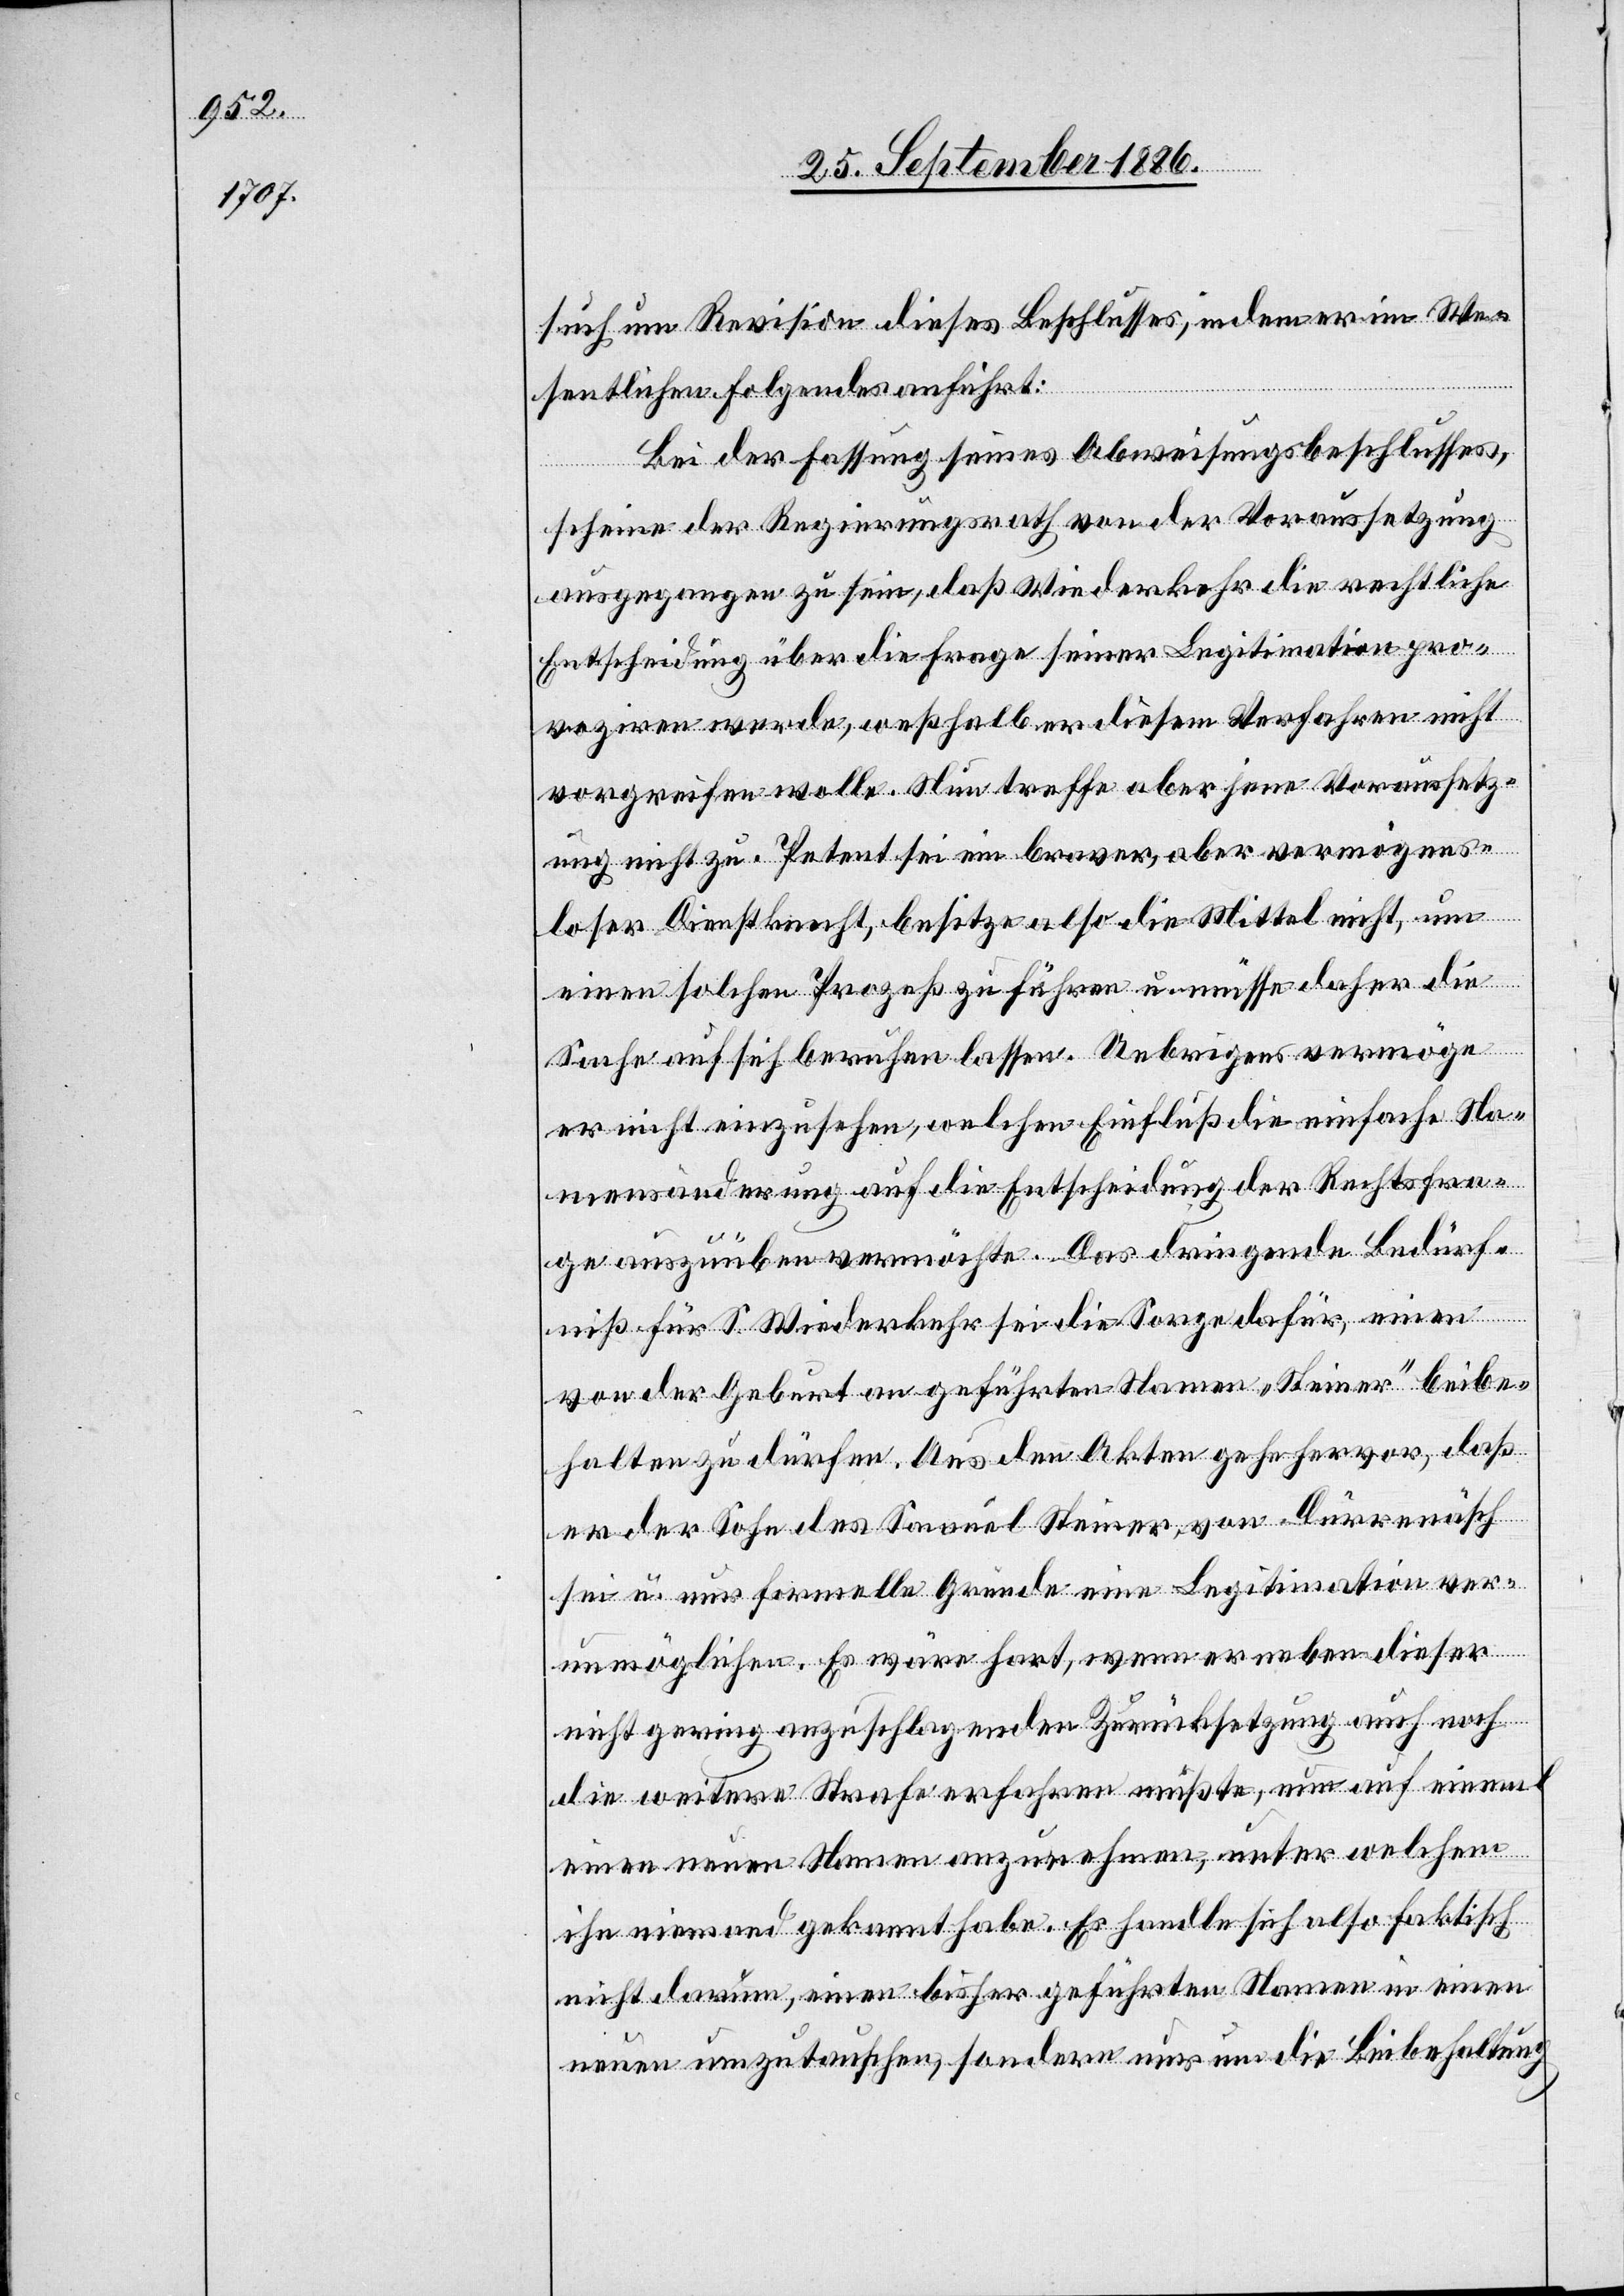
such um Revision dieses Beschlusses, indem er im We¬
sentlichen Folgendes anführt:
Bei der Fassung seines Abweisungsbeschlusses,
scheine der Regierungsrath von der Voraussetzung
ausgegangen zu sein, daß Wiederkehr die rechtliche
Entscheidung über die Frage seiner Legitimation pro¬
voziren werde, weßhalb er diesem Verfahren nicht
vorgreifen wolle. Nun treffen aber jene Voraussetz¬
ungen nicht zu. Petent sei ein braver, aber vermögens¬
loser Dienstknecht, besitze also die Mittel nicht, um
einen solchen Prozeß zu führen u. müsse daher die
Sache auf sich beruhen lassen. Uebrigens vermöge
er nicht einzusehen, welchen Einfluß die einfache Na¬
mensänderung auf die Entscheidung der Rechtsfra¬
ge auszuüben vermöchte. Das dringende Bedürf¬
niß für S. Wiederkehr sei die Sorge dafür, einen
von der Geburt an geführten Namen „Steiner“ beibe¬
halten zu dürfen. Aus den Akten gehe hervor, daß
er der Sohn des Samuel Steiner, von Dürrenäsch
sei u. nur formelle Gründe eine Legitimation ver¬
unmöglichen. Es wäre hart, wenn er neben dieser
nicht gering anzuschlagenden Zurücksetzung auch noch
die weitere Strafe erfahren müßte, nun auf einmal
einen neuen Namen anzunehmen, unter welchem
ihn niemand gekannt habe. Es handle sich also faktisch
nicht darum, einen bisher geführten Namen in einen
neuen auszutauschen, sondern nur um die Beibehaltung